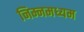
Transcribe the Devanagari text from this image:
निम्नमध्यम